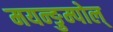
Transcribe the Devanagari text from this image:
मयन्ङुम्पोल्